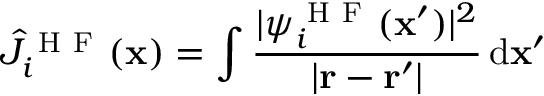
\hat { J } _ { i } ^ { \mathrm { ~ H ~ F ~ } } ( \mathbf { x } ) = \int \frac { | \psi _ { i } ^ { \mathrm { ~ H ~ F ~ } } ( \mathbf { x } ^ { \prime } ) | ^ { 2 } } { | \mathbf { r } - \mathbf { r } ^ { \prime } | } \, \mathrm { d } \mathbf { x } ^ { \prime }